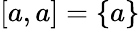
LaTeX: [a,a]=\{ a\}